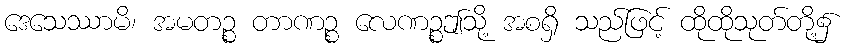
ဒေသေဿာမိ၊ အမတဉ္စ တာဏဉ္စ လေဏဉ္စဤသို့ အစရှိ သည်ဖြင့် ထိုထိုသုတ်တို့၌